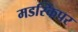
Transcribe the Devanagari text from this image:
मडस्किपर